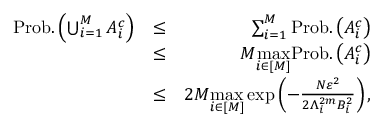
\begin{array} { r l r } { \mathrm { P r o b . } \left( \bigcup _ { i = 1 } ^ { M } { \cal { A } } _ { i } ^ { c } \right) } & { \le } & { \sum _ { i = 1 } ^ { M } \mathrm { P r o b . } \left( { \cal { A } } _ { i } ^ { c } \right) } \\ & { \le } & { M \underset { i \in [ M ] } { \operatorname* { m a x } } \mathrm { P r o b . } \left( { \cal { A } } _ { i } ^ { c } \right) } \\ & { \le } & { 2 M \underset { i \in [ M ] } { \operatorname* { m a x } } \exp \left( - \frac { N \varepsilon ^ { 2 } } { 2 \Lambda _ { i } ^ { 2 m } B _ { i } ^ { 2 } } \right) , } \end{array}